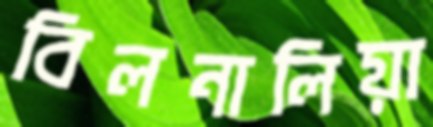
বিলনালিয়া